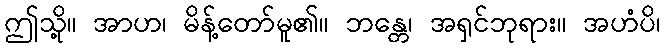
ဤသို့။ အာဟ၊ မိန့်တော်မူ၏။ ဘန္တေ၊ အရှင်ဘုရား။ အဟံပိ၊